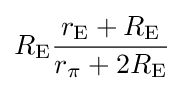
R_{\mathrm {E} }{\frac {r_{\mathrm {E} }+R_{\mathrm {E} }}{r_{\pi }+2R_{\mathrm {E} }}}